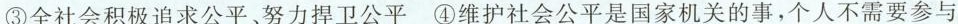
③全社会积极追求公平、努力捍卫公平④维护社会公平是国家机关的事，个人不需要参与